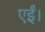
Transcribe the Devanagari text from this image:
एईं।